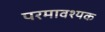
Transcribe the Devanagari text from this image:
परमावश्‍यक